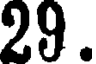
29.